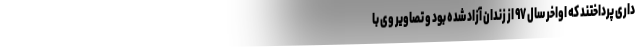
داری پرداختند که اواخر سال ۹۷ از زندان آزاد شده بود و تصاویر وی با